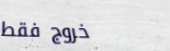
خروج فقط